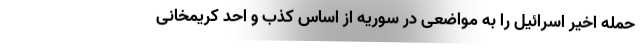
حمله اخیر اسرائیل را به مواضعی در سوریه از اساس کذب و احد کریمخانی